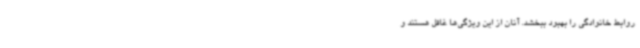
روابط خانوادگی را بهبود ببخشد. آنان از این ویژگی‌ها غافل هستند و